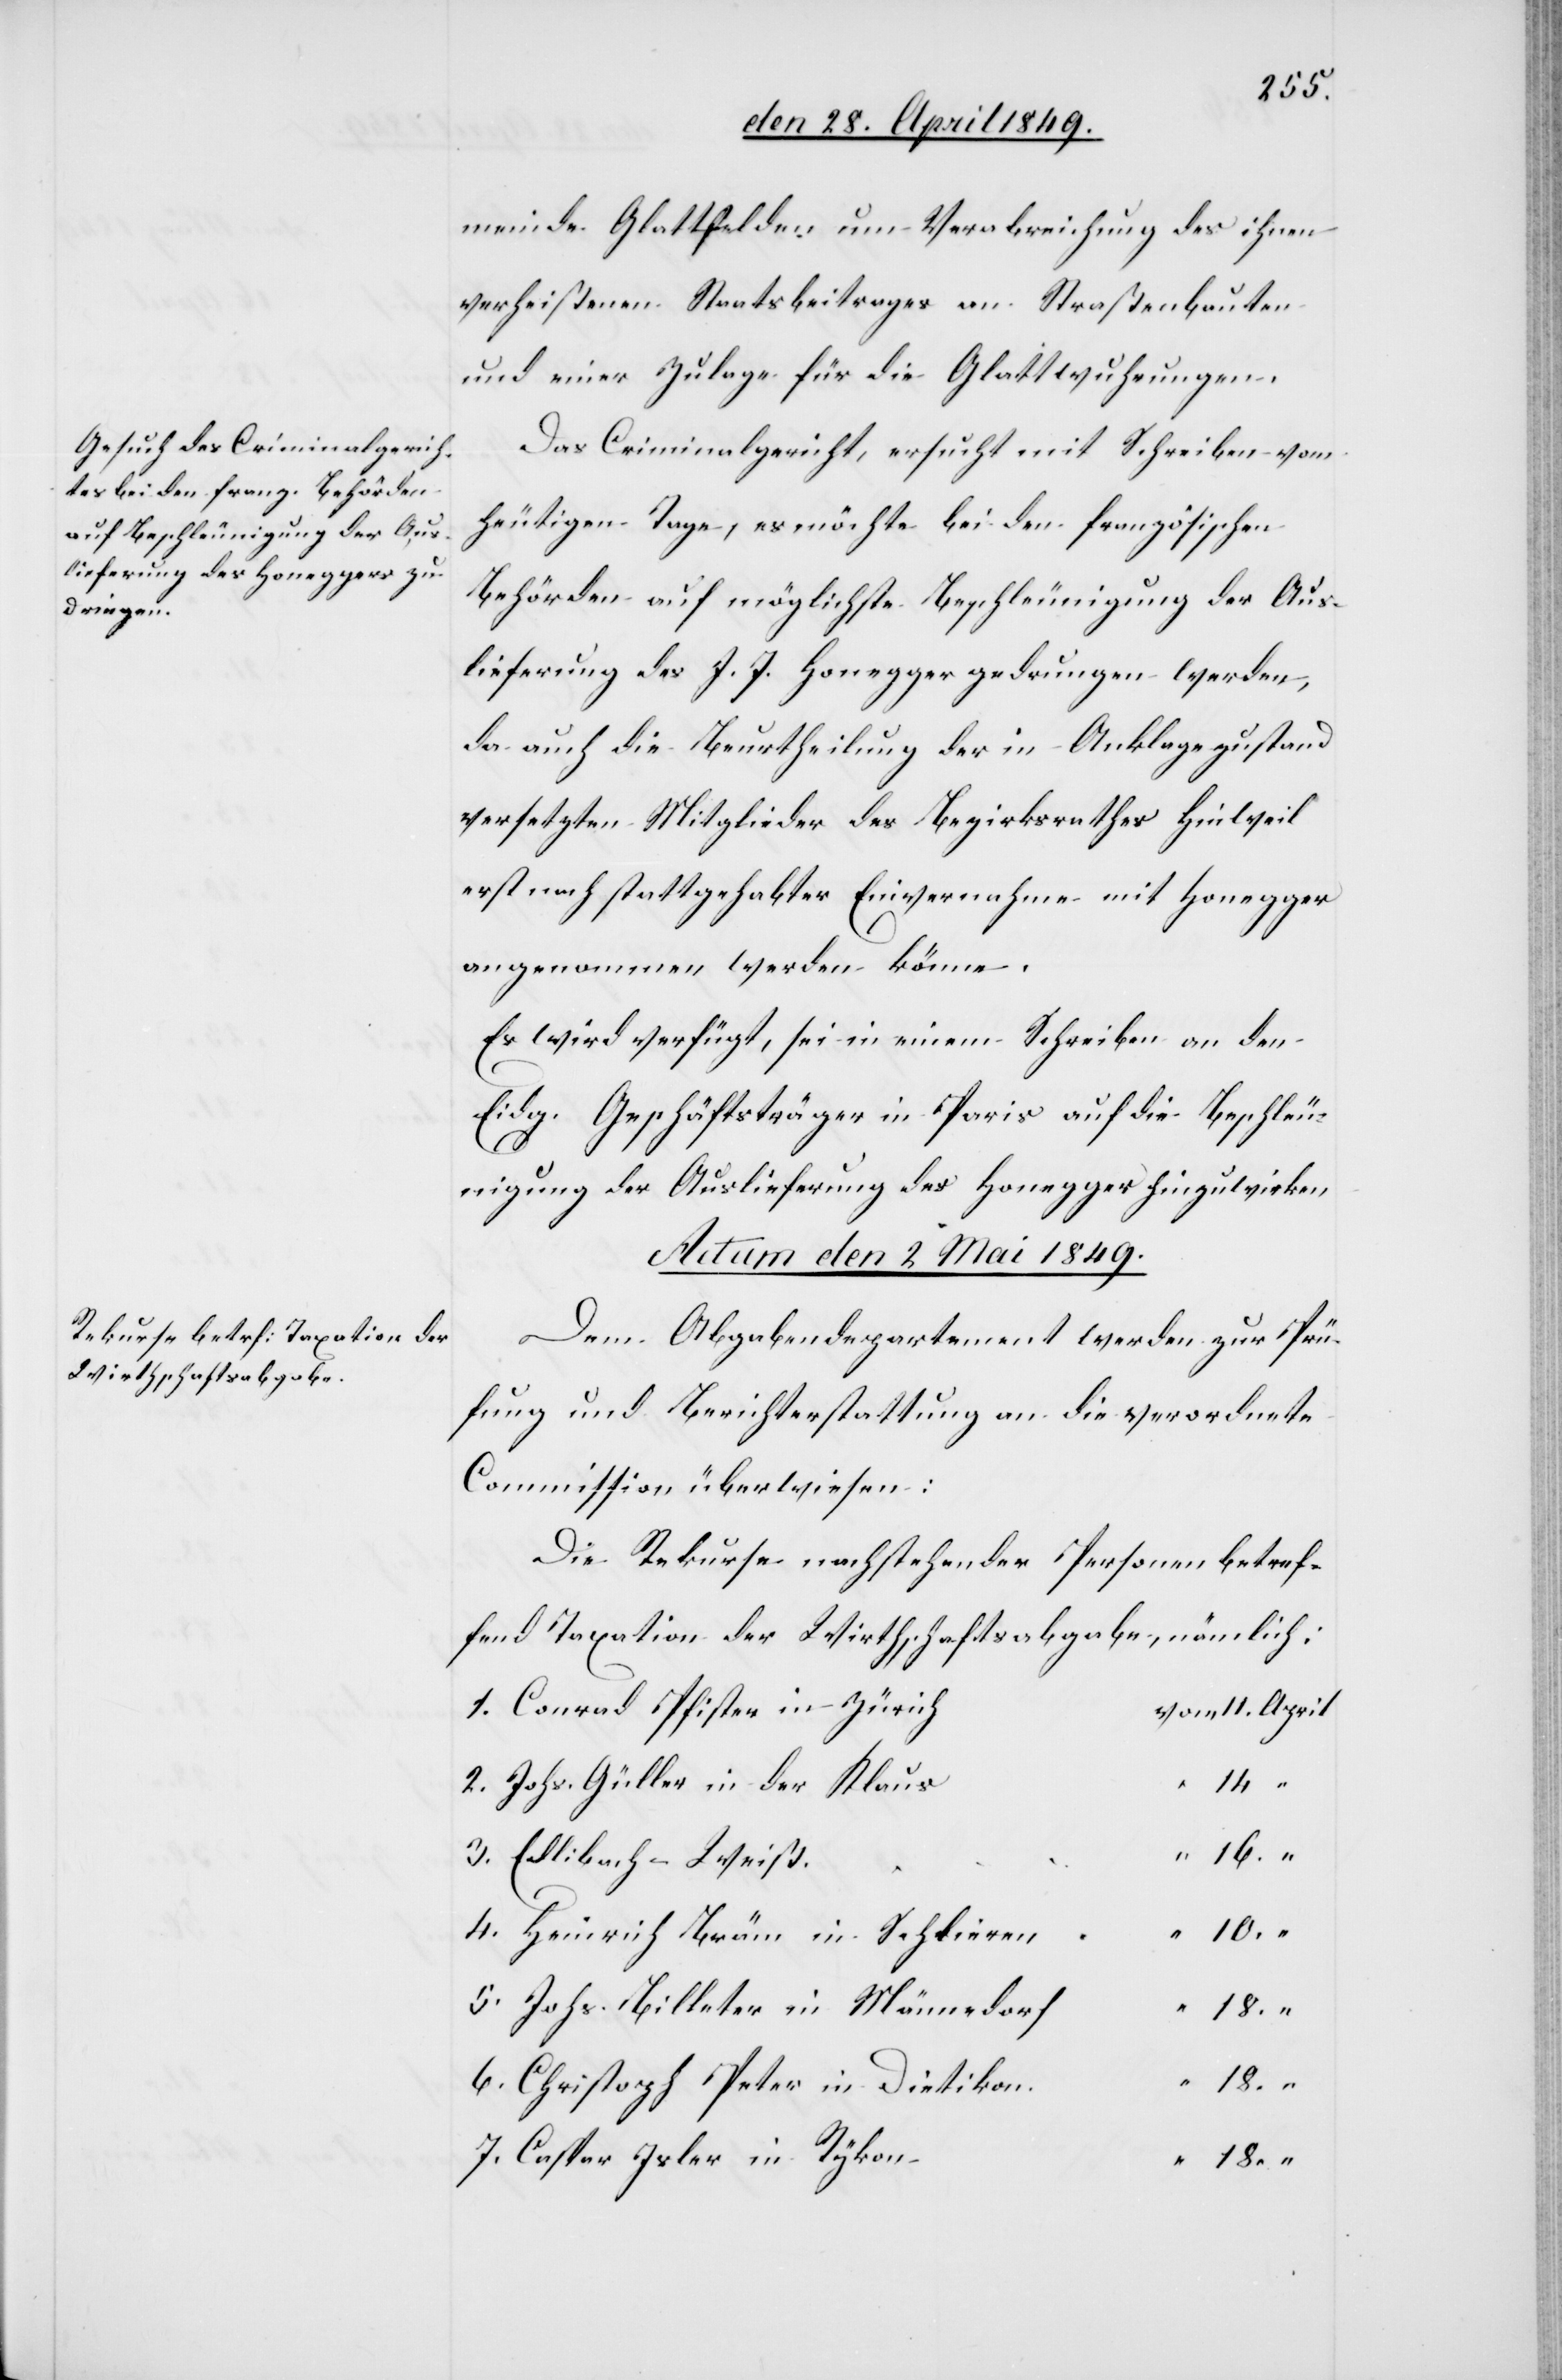
meinde Glattfelden um Verabreichung des ihnen
verheißenen Staatsbeitrages an Straßenbauten
und einer Zulage für die Glattwuhrungen.
Das Criminalgericht, ersucht mit Schreiben vom
heutigem Tage, es möchte bei den französischen
Behörden auf möglichste Beschleunigung der Aus¬
lieferung des J. J. Honegger gedrungen werden,
da auch die Beurtheilung der in Anklagezustand
versetzten Mitglieder des Bezirksrathes Hinweil
erst nach stattgehabter Einvernahme mit Honegger
angenommen werden könne.
Es wird verfügt, sei in einem Schreiben an den
Eidg. Geschäftsträger in Paris auf die Beschleu¬
nigung der Auslieferung des Honegger hinzuwirken.
Actum den 2 Mai 1849.
Dem Abgabendepartement werden zur Prü¬
fung und Berichterstattung an die verordnete
Commission überwiesen:
Die Rekurse nachstehender Personen betref¬
fend Taxation der Wirthschaftsabgabe, nämlich:
1. Conrad Pfister in Züric¬
om	11.	April
2. Johs. Güller in der Klau¬
4. Heinrich Bräm in Schliere¬
5. Johs. Billeter in Männedor¬
n
6. Christoph Peter in Dietiko¬
7. Caspar Isler in Ryko¬